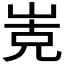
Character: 𭖡